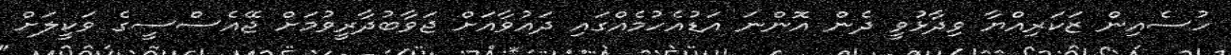
ހުސެއިން ޒަކަރިއްޔާ ވިދާޅުވީ ދެން އޮންނަ އަޑުއެހުމެއްގައި ދައުވާއަށް ޖަވާބުދާރީވުމަށް ޖޭއެސްސީގެ ވަކީލަށް